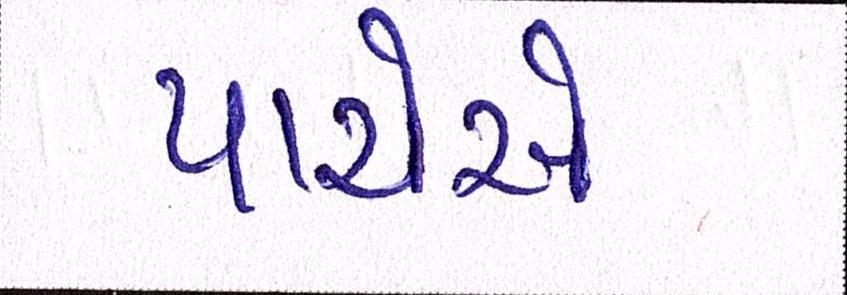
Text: પાયેએ